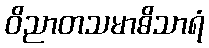
ဝိညာတသမာဓိသာရံ